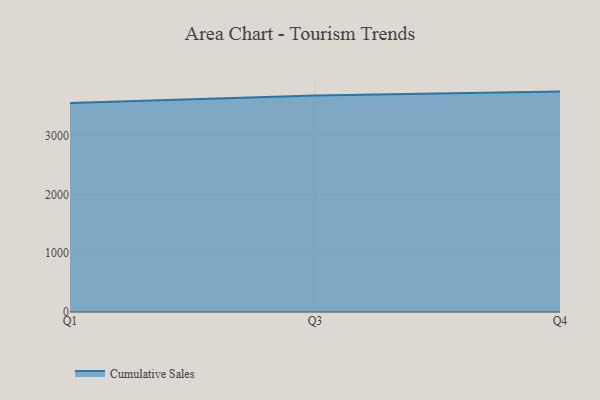
{"axis": {"x": "Quarter", "y": "Latency (ms)"}, "legend": ["Cumulative Sales"], "data": [{"x": "Q1", "y": 3555.2, "type": "Cumulative Sales"}, {"x": "Q3", "y": 3682.2, "type": "Cumulative Sales"}, {"x": "Q4", "y": 3747.1, "type": "Cumulative Sales"}]}